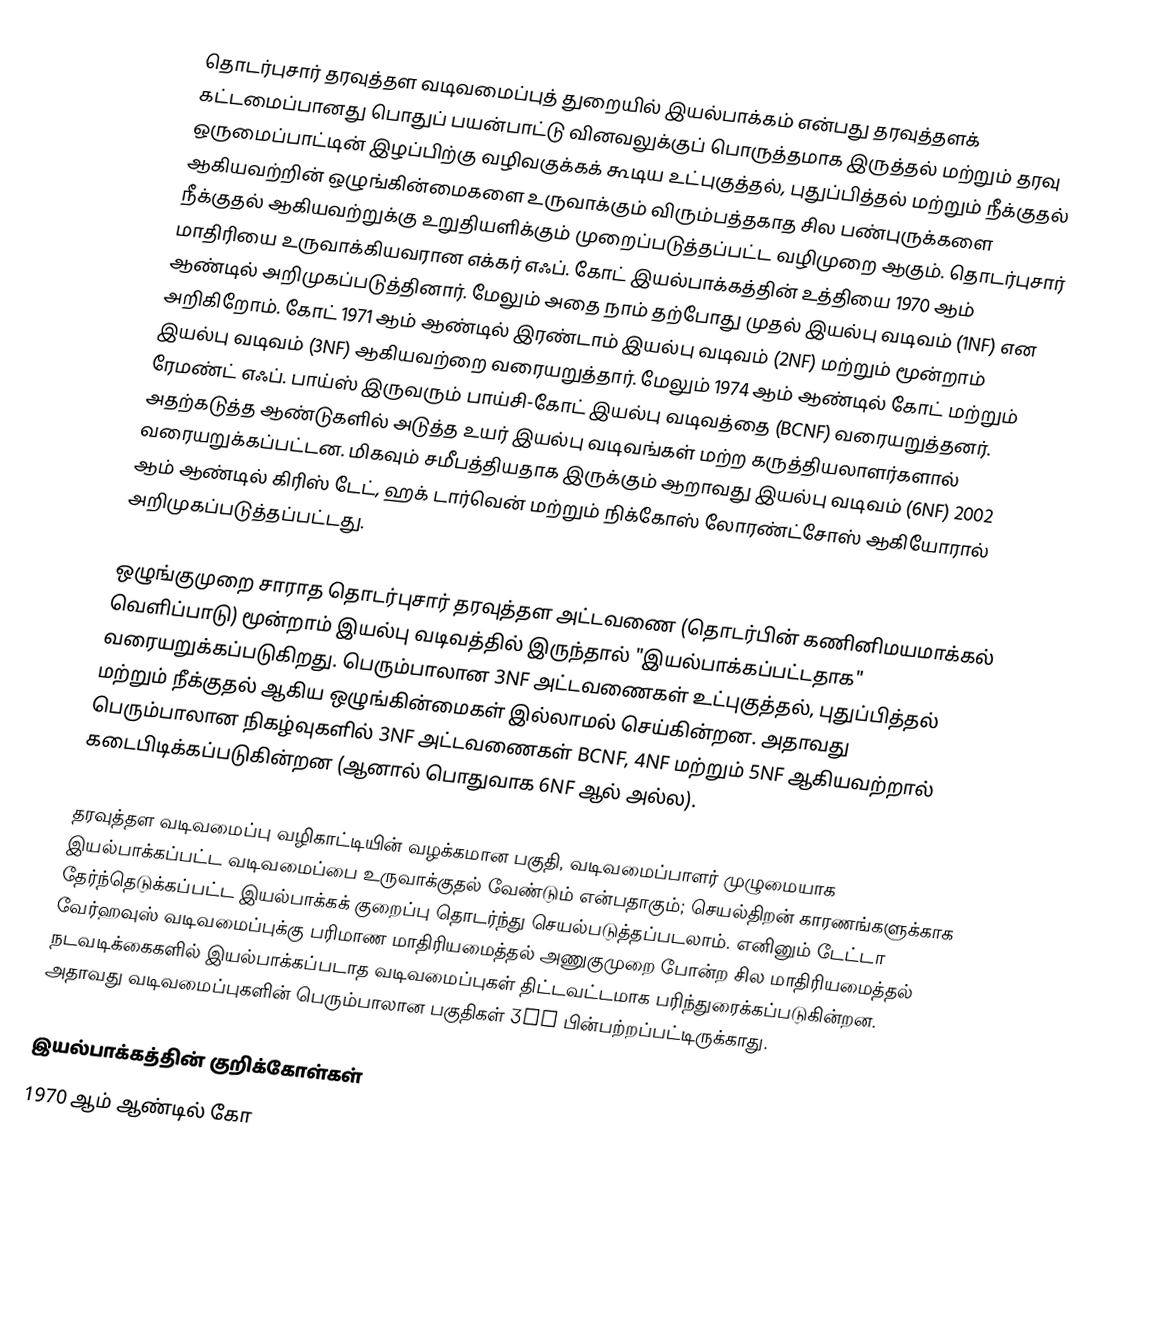
தொடர்புசார் தரவுத்தள வடிவமைப்புத் துறையில் இயல்பாக்கம் என்பது தரவுத்தளக் கட்டமைப்பானது பொதுப் பயன்பாட்டு வினவலுக்குப் பொருத்தமாக இருத்தல் மற்றும் தரவு ஒருமைப்பாட்டின் இழப்பிற்கு வழிவகுக்கக் கூடிய உட்புகுத்தல், புதுப்பித்தல் மற்றும் நீக்குதல் ஆகியவற்றின் ஒழுங்கின்மைகளை உருவாக்கும் விரும்பத்தகாத சில பண்புருக்களை நீக்குதல் ஆகியவற்றுக்கு உறுதியளிக்கும் முறைப்படுத்தப்பட்ட வழிமுறை ஆகும். தொடர்புசார் மாதிரியை உருவாக்கியவரான எக்கர் எஃப். கோட் இயல்பாக்கத்தின் உத்தியை 1970 ஆம் ஆண்டில் அறிமுகப்படுத்தினார். மேலும் அதை நாம் தற்போது முதல் இயல்பு வடிவம் (1NF) என அறிகிறோம். கோட் 1971 ஆம் ஆண்டில் இரண்டாம் இயல்பு வடிவம் (2NF) மற்றும் மூன்றாம் இயல்பு வடிவம் (3NF) ஆகியவற்றை வரையறுத்தார். மேலும் 1974 ஆம் ஆண்டில் கோட் மற்றும் ரேமண்ட் எஃப். பாய்ஸ் இருவரும் பாய்சி-கோட் இயல்பு வடிவத்தை (BCNF) வரையறுத்தனர். அதற்கடுத்த ஆண்டுகளில் அடுத்த உயர் இயல்பு வடிவங்கள் மற்ற கருத்தியலாளர்களால் வரையறுக்கப்பட்டன. மிகவும் சமீபத்தியதாக இருக்கும் ஆறாவது இயல்பு வடிவம் (6NF) 2002 ஆம் ஆண்டில் கிரிஸ் டேட், ஹக் டார்வென் மற்றும் நிக்கோஸ் லோரண்ட்சோஸ் ஆகியோரால் அறிமுகப்படுத்தப்பட்டது.

ஒழுங்குமுறை சாராத தொடர்புசார் தரவுத்தள அட்டவணை (தொடர்பின் கணினிமயமாக்கல் வெளிப்பாடு) மூன்றாம் இயல்பு வடிவத்தில் இருந்தால் "இயல்பாக்கப்பட்டதாக" வரையறுக்கப்படுகிறது. பெரும்பாலான 3NF அட்டவணைகள் உட்புகுத்தல், புதுப்பித்தல் மற்றும் நீக்குதல் ஆகிய ஒழுங்கின்மைகள் இல்லாமல் செய்கின்றன. அதாவது பெரும்பாலான நிகழ்வுகளில் 3NF அட்டவணைகள் BCNF, 4NF மற்றும் 5NF ஆகியவற்றால் கடைபிடிக்கப்படுகின்றன (ஆனால் பொதுவாக 6NF ஆல் அல்ல).

தரவுத்தள வடிவமைப்பு வழிகாட்டியின் வழக்கமான பகுதி, வடிவமைப்பாளர் முழுமையாக இயல்பாக்கப்பட்ட வடிவமைப்பை உருவாக்குதல் வேண்டும் என்பதாகும்; செயல்திறன் காரணங்களுக்காக தேர்ந்தெடுக்கப்பட்ட இயல்பாக்கக் குறைப்பு தொடர்ந்து செயல்படுத்தப்படலாம். எனினும் டேட்டா வேர்ஹவுஸ் வடிவமைப்புக்கு பரிமாண மாதிரியமைத்தல் அணுகுமுறை போன்ற சில மாதிரியமைத்தல் நடவடிக்கைகளில் இயல்பாக்கப்படாத வடிவமைப்புகள் திட்டவட்டமாக பரிந்துரைக்கப்படுகின்றன. அதாவது வடிவமைப்புகளின் பெரும்பாலான பகுதிகள் 3NF பின்பற்றப்பட்டிருக்காது.

இயல்பாக்கத்தின் குறிக்கோள்கள்
1970 ஆம் ஆண்டில் கோ